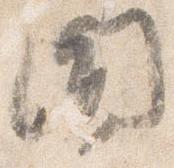
聞